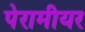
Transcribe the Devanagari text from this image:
पेरामीयर